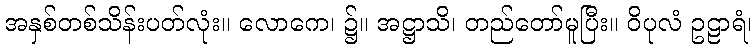
အနှစ်တစ်သိန်းပတ်လုံး။ လောကေ၊ ၌။ အဋ္ဌာသိ၊ တည်တော်မူပြီး။ ဝိပုလံ ဥဠာရံ၊